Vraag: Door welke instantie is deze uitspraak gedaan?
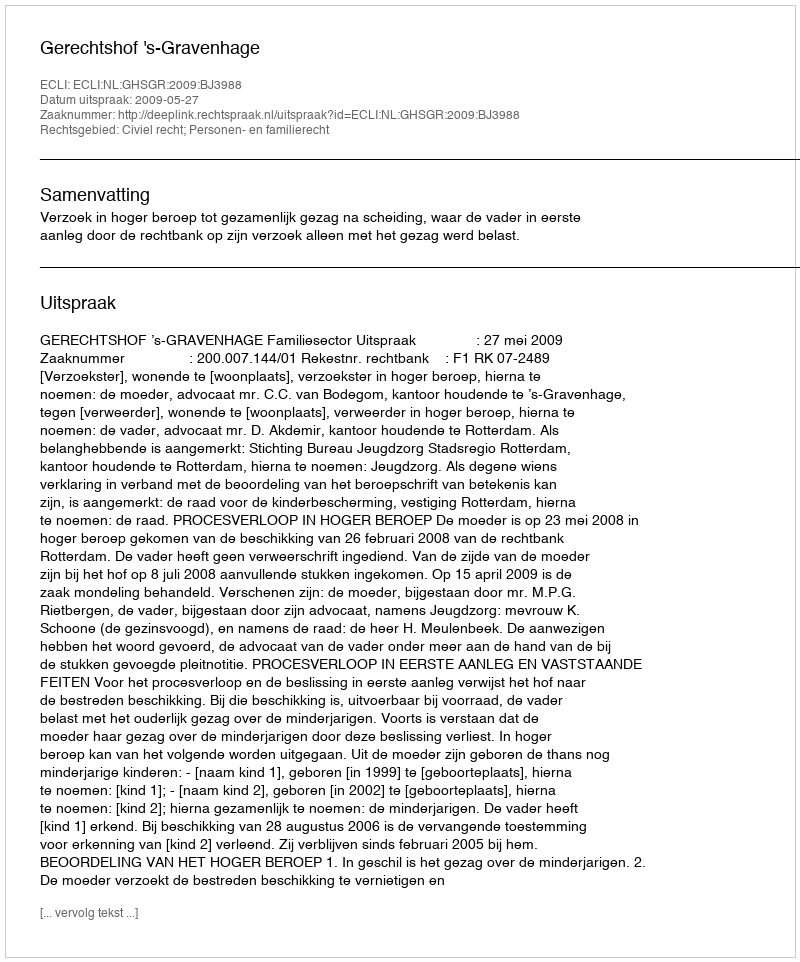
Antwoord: Gerechtshof 's-Gravenhage